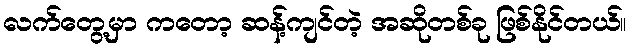
လက်တွေ့မှာ ကတော့ ဆန့်ကျင်တဲ့ အဆိုတစ်ခု ဖြစ်နိုင်တယ်။